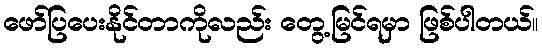
ဖော်ပြပေးနိုင်တာကိုလည်း တွေ့မြင်ရမှာ ဖြစ်ပါတယ်။